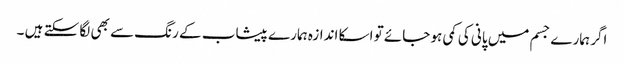
اگر ہمارے جسم میں پانی کی کمی ہو جائے تو اسکا اندازہ ہمارے پیشاب کے رنگ سے بھی لگا سکتے ہیں ۔